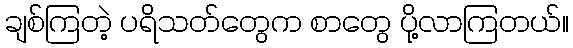
ချစ်ကြတဲ့ ပရိသတ်တွေက စာတွေ ပို့လာကြတယ်။